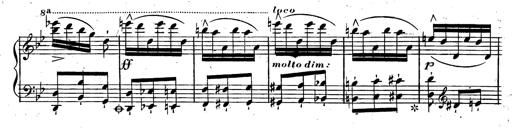
Title: Rondeau fantastique sur un thÃ¨me espagnol
Composer: Franz Liszt